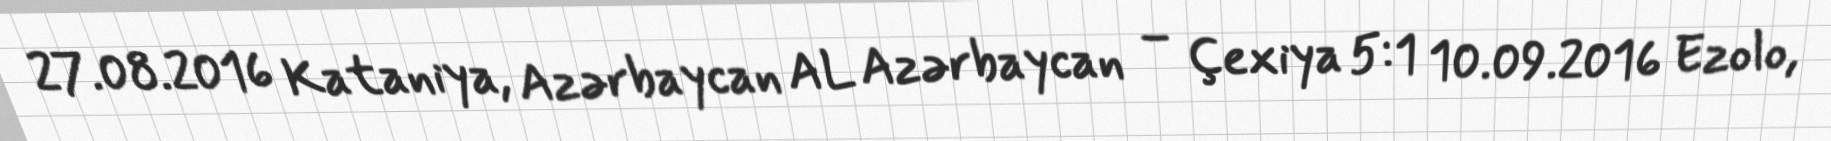
27.08.2016 Kataniya, Azərbaycan AL Azərbaycan – Çexiya 5:1 10.09.2016 Ezolo,